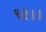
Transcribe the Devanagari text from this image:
९२।।